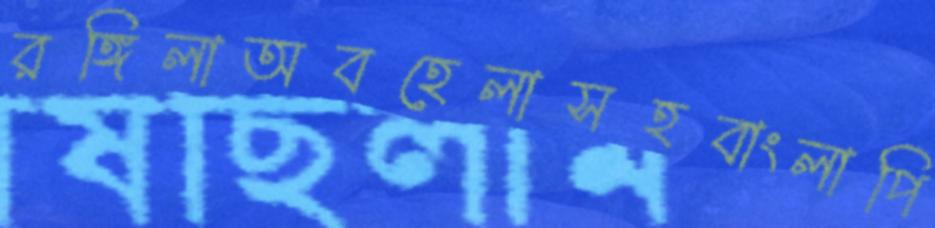
রঙ্গিলাঅবহেলাসহবাংলাপি